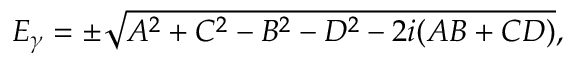
\begin{array} { r } { E _ { \gamma } = \pm \sqrt { A ^ { 2 } + C ^ { 2 } - B ^ { 2 } - D ^ { 2 } - 2 i ( A B + C D ) } , } \end{array}